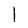
Character: l